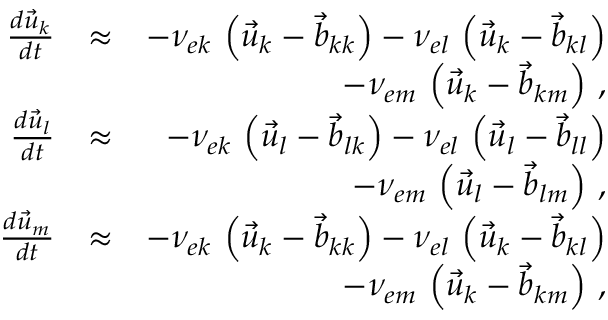
\begin{array} { r l r } { \frac { d \vec { u } _ { k } } { d t } } & { \approx } & { - \nu _ { e k } \, \left( \vec { u } _ { k } - \vec { b } _ { k k } \right) - \nu _ { e l } \, \left( \vec { u } _ { k } - \vec { b } _ { k l } \right) } \\ & { } & { - \nu _ { e m } \, \left( \vec { u } _ { k } - \vec { b } _ { k m } \right) \, , } \\ { \frac { d \vec { u } _ { l } } { d t } } & { \approx } & { - \nu _ { e k } \, \left( \vec { u } _ { l } - \vec { b } _ { l k } \right) - \nu _ { e l } \, \left( \vec { u } _ { l } - \vec { b } _ { l l } \right) } \\ & { } & { - \nu _ { e m } \, \left( \vec { u } _ { l } - \vec { b } _ { l m } \right) \, , } \\ { \frac { d \vec { u } _ { m } } { d t } } & { \approx } & { - \nu _ { e k } \, \left( \vec { u } _ { k } - \vec { b } _ { k k } \right) - \nu _ { e l } \, \left( \vec { u } _ { k } - \vec { b } _ { k l } \right) } \\ & { } & { - \nu _ { e m } \, \left( \vec { u } _ { k } - \vec { b } _ { k m } \right) \, , } \end{array}